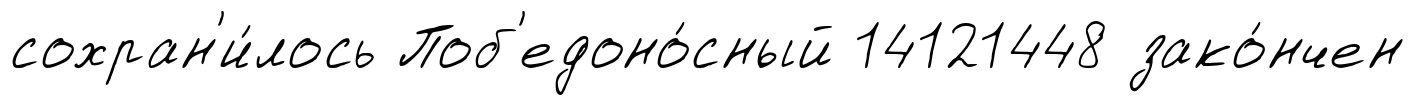
сохран'и́лось Поб'едоно́сный 14121448 зако́нчен